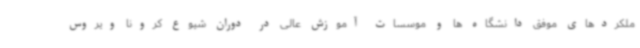
ملکردهای موفق دانشگاه ها و موسسات آموزش عالی در دوران شیوع کرونا ویروس